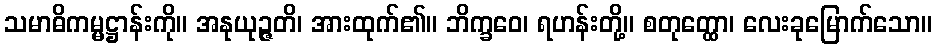
သမာဓိကမ္မဋ္ဌာန်းကို။ အနုယုဉ္ဇတိ၊ အားထုက်၏။ ဘိက္ခဝေ၊ ရဟန်းတို့။ စတုတ္ထော၊ လေးခုမြောက်သော။